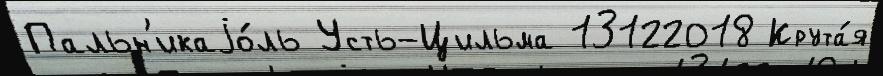
Пальн'икаjо́ль Усть-Цильма 13122018 Крута́я